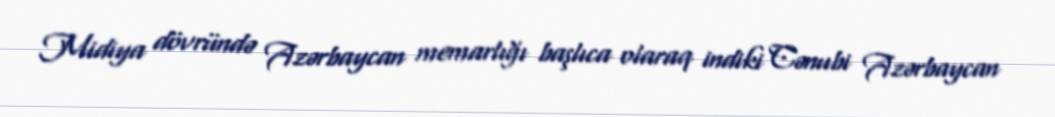
Midiya dövründə Azərbaycan memarlığı başlıca olaraq indiki Cənubi Azərbaycan